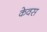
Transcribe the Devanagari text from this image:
केवस